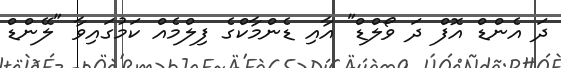
ދަ އެންޑް އޮފް ދަ ވޯލްޑް" އާއި ޑެންމާކްގެ ފިލްމެއް ކަމުގައިވާ "ލޭންޑް